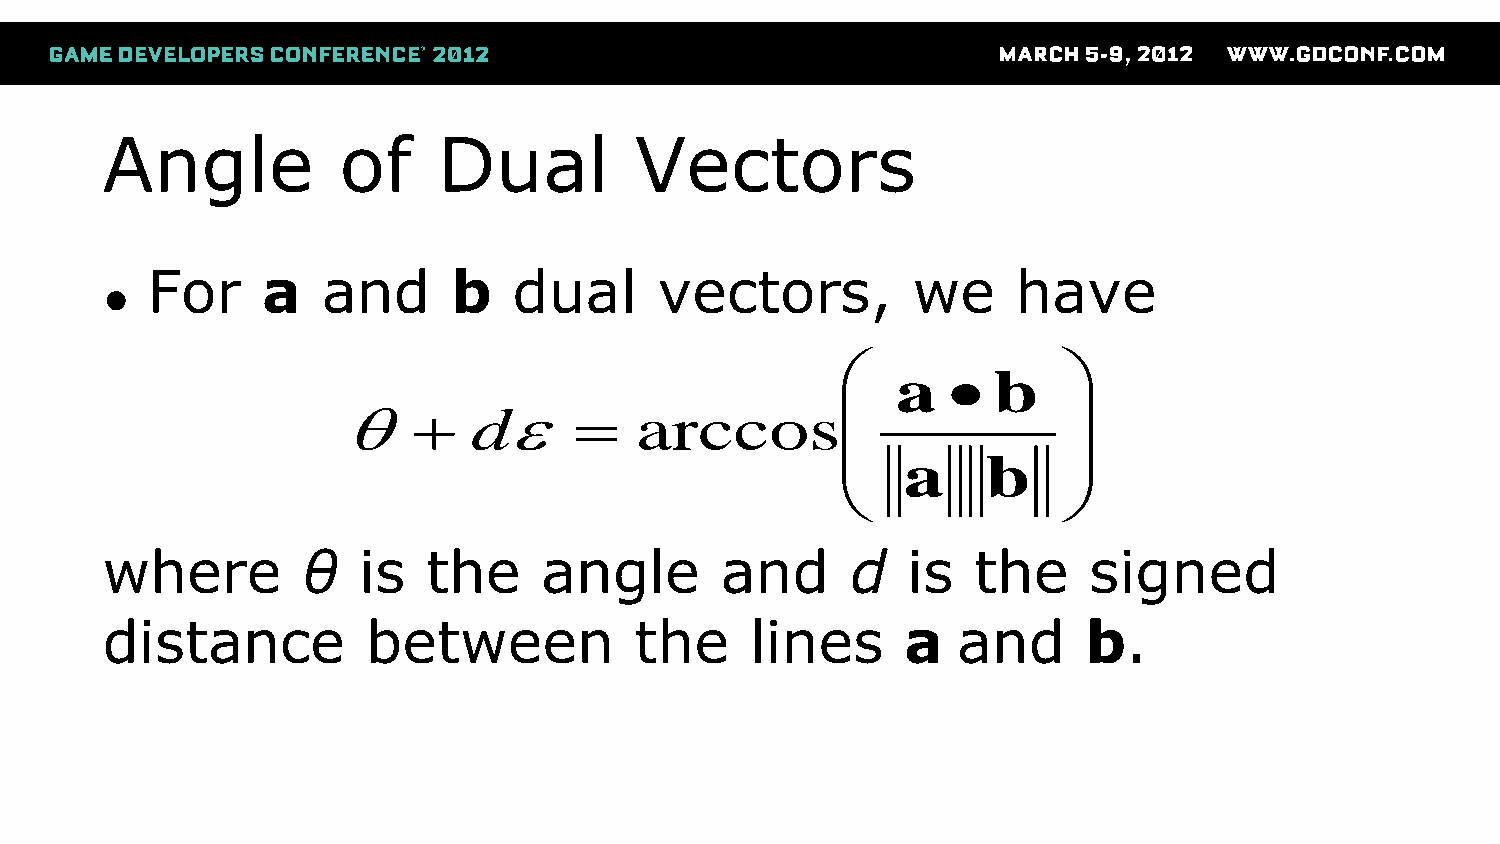
Angle          of     Dual         Vectors
 For    a   and      b   dual      vectors,        we     have
 ●
               
 a     b
               
       d        arccos
               
 a    b
               
 where        θ   is  the     angle       and     d   is  the     signed
 distance         between           the     lines     a  and      b.